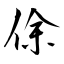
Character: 俆